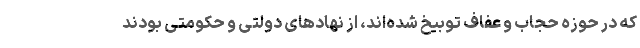
که در حوزه حجاب و عفاف توبیخ شده‌اند، از نهادهای دولتی و حکومتی بودند